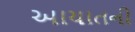
આયાતની